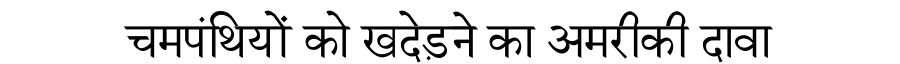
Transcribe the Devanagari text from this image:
चमपंथियों को खदेड़ने का अमरीकी दावा